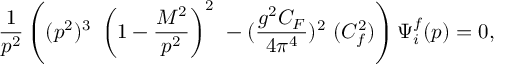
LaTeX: \frac { 1 } { p ^ { 2 } } \left( ( p ^ { 2 } ) ^ { 3 } \ \left( 1 - \frac { M ^ { 2 } } { p ^ { 2 } } \right) ^ { 2 } \ - ( \frac { g ^ { 2 } C _ { F } } { 4 \pi ^ { 4 } } ) ^ { 2 } \ ( C _ { f } ^ { 2 } ) \right) \Psi _ { i } ^ { f } ( p ) = 0 ,